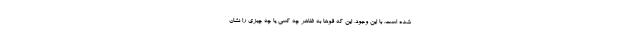
شده است. با این وجود، این که قوها به ظاهر چه کسی یا چه چیزی را نشان